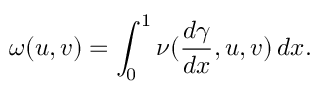
\omega ( u , v ) = \int _ { 0 } ^ { 1 } \nu ( \frac { d \gamma } { d x } , u , v ) \, d x .